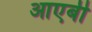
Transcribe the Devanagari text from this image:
आएबी